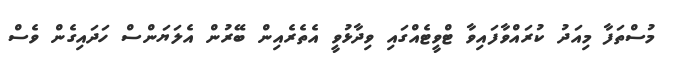
މުސްތަފާ މިއަދު ކުރައްވާފައިވާ ޓްވީޓެއްގައި ވިދާޅުވީ އެތެރެއިން ބޭރުން އެލަޔަންސް ހަދައިގެން ވެސް